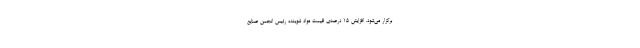
برگزار می‌شود. افزایش ۱۵ درصدی قیمت مواد شوینده رئیس انجمن صنایع